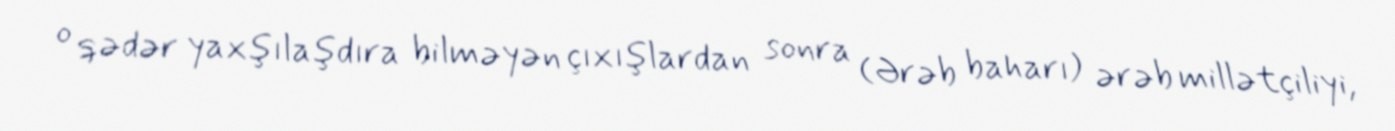
o qədər yaxşılaşdıra bilməyən çıxışlardan sonra (Ərəb baharı) ərəb millətçiliyi,